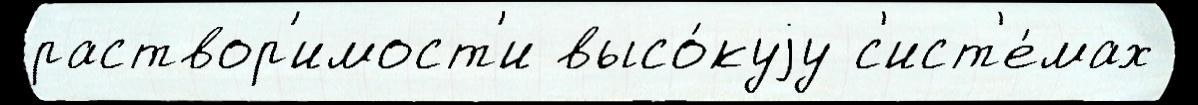
раствор'имост'и высо́куjу с'ист'е́мах